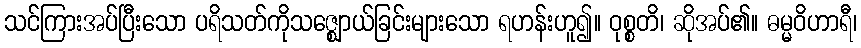
သင်ကြားအပ်ပြီးသော ပရိသတ်ကိုသဇ္ဈောယ်ခြင်းများသော ရဟန်းဟူ၍။ ဝုစ္စတိ၊ ဆိုအပ်၏။ ဓမ္မဝိဟာရီ၊